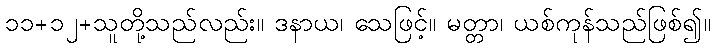
၁၁+၁၂+သူတို့သည်လည်း။ ဒနာယ၊ သေဖြင့်။ မတ္တာ၊ ယစ်ကုန်သည်ဖြစ်၍။